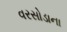
વરસોડાના